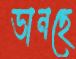
ভানছে